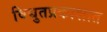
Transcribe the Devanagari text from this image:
विद्युतप्रकाशात